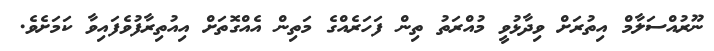
ނޫރުއްސަލާމް އިތުރަށް ވިދާޅުވީ މުއްރަތު ތިން ފަހަރެއްގެ މަތިން އެއްގޮތަށް އިއުތިރާފުވެފައިވާ ކަމަށެވެ.